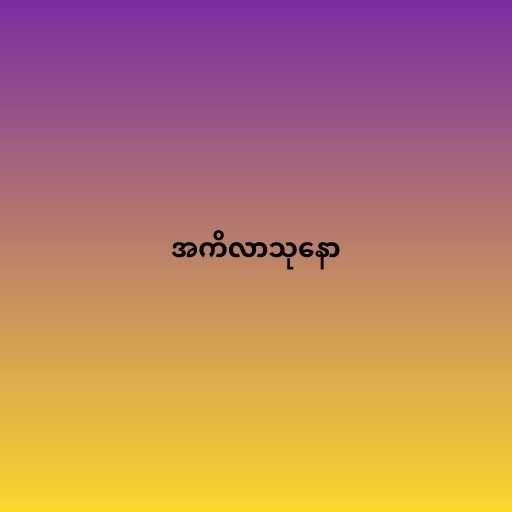
အကိလာသုနော